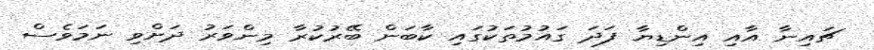
ޗައިނާ އާއި އިންޑިޔާ ފަދަ ގައުމުތަކުގައި ކާބަން ބޭރުކުރާ މިންވަރު ދަށްވި ނަމަވެސް